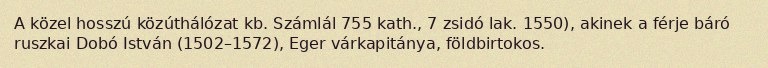
A közel hosszú közúthálózat kb. Számlál 755 kath., 7 zsidó lak. 1550), akinek a férje báró ruszkai Dobó István (1502–1572), Eger várkapitánya, földbirtokos.